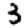
Digit: 3